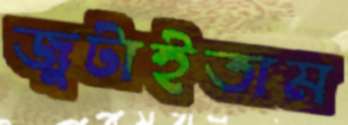
জুটাইতাম